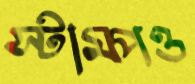
স্টাম্পও